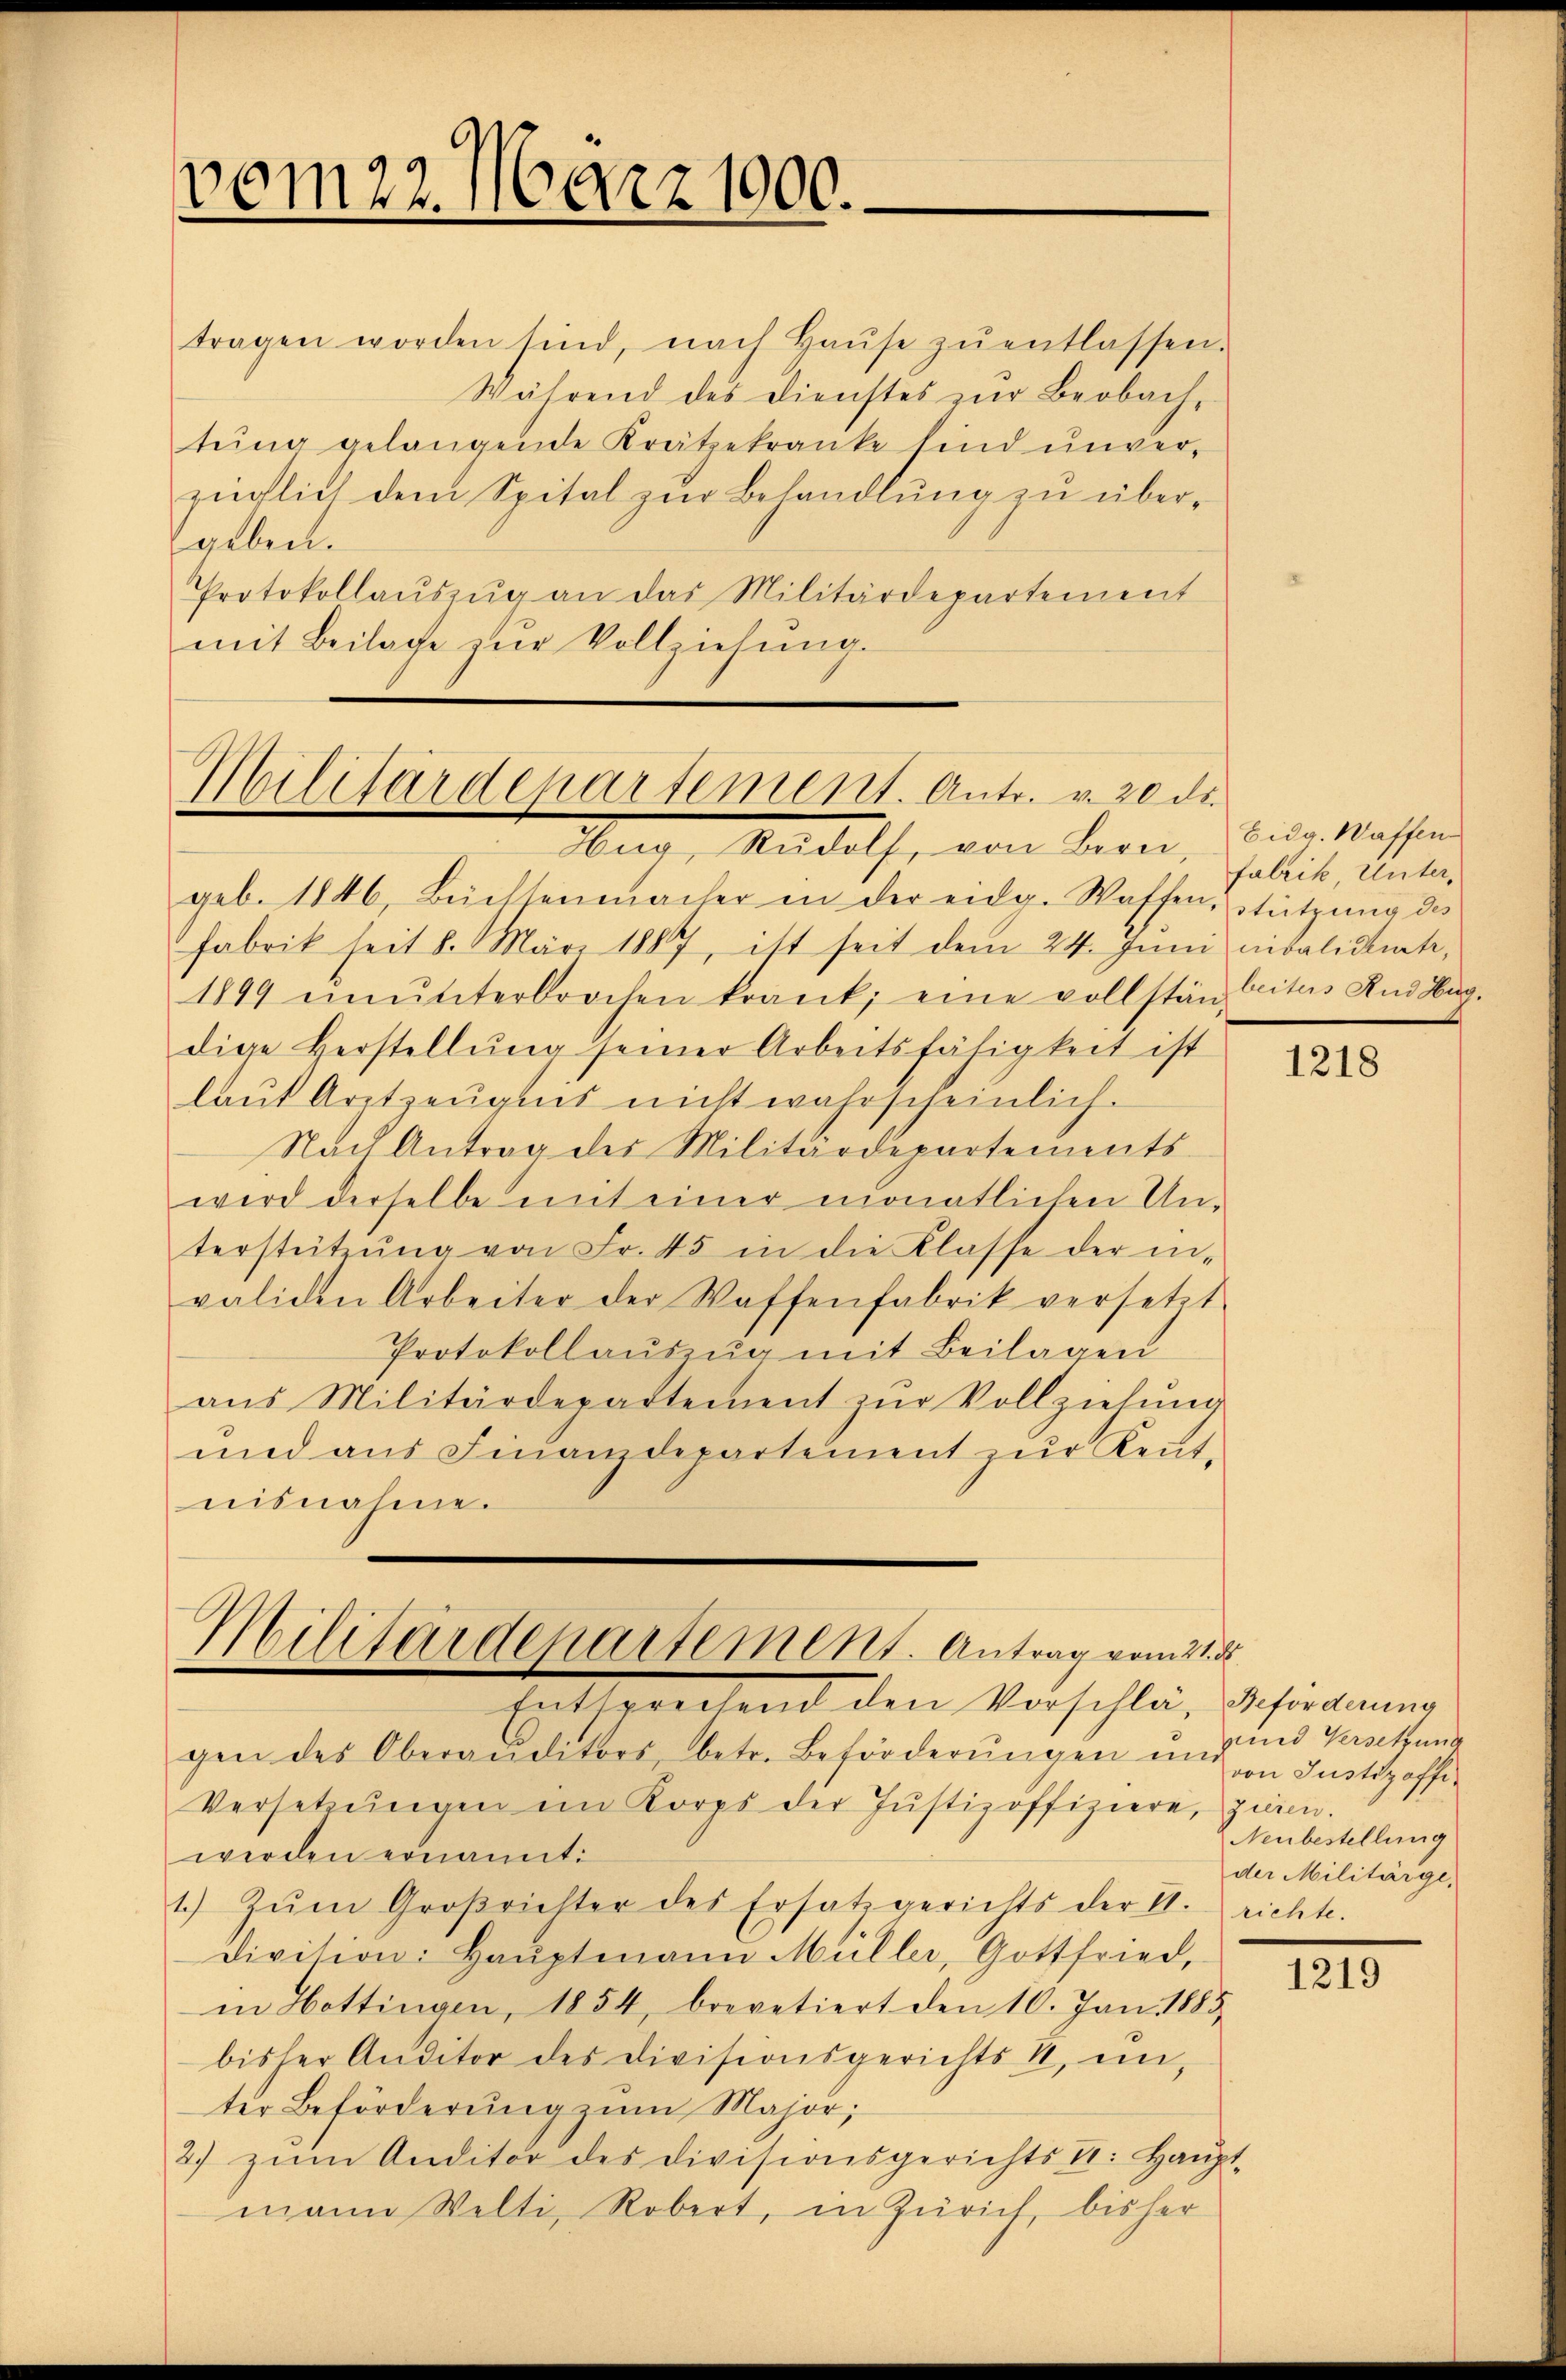
vom 22. März 1900.

Militärdepartement. Antr. v. 20 de
Hug, Rudolf, von Bern,

Militärdepartement. Antrag vom 21. d
Entsprechend den Vorschlä, Beförderung

tragen worden sind, nach Haŭse zŭ entlassen.
Während des Dienstes zŭr Beobach,
tung gelangende Krätzekranke sind unverzüglich dem Spital zur Behandlung zu übergeben.
Protokollaŭszŭg an das Militärdepartement
mit Beilage zŭr Vollziehŭng.

geb. 1846, Büchtenmacher in der eidg. Waffen, stützŭng des
Fabrik seit 8. März 1887, ist seit dem 24. Juni nibalidente,
1899 ŭnŭnterbrochen krank, eine vollstänleites And Hüg
dige Herstellŭng seiner Arbeitsfähigkeit ist
laŭt Arztzeŭgnis nicht wahrscheinlich.
Nach Antrag des Militärdepartements-
wird derselbe mit einer monatlichen Un-
terstützŭng von Fr. 45 in die Klasse der in-
validen Arbeiter der Waffenfabrik versetzt
Protokollauszug mit Beilagen
ans Militärdepartement zŭr Vollziehŭng
und aus Finanzdepartement zur Kenntnisnahme.

gen des Oberauditors, betr. Beförderŭngen und
Versetzŭngen im Korps der Justizoffiziere, zur
werden ernannt:
1.) Zŭm Großrichter des Ersatz gerichts der V. richte.
Division: Haŭptmann Müller, Gottfried,
in Hottingen, 1854, brevetiert den 10. Jan. 1885.
bisher Anditor des Divisionsgerichts u, in
ter Beförderŭng zŭm Major,
2) zŭm Anditor des Divisionsgerichts E. Haŭpt
mann Welti, Robert, in Zürich, bisher

Eidg. Waffen
fabrik Unter,

1218

uund Versetzung
von Justizoffe
Neubestellung
der Militärge,

1219